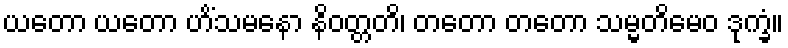
ယတော ယတော ဟိံသမနော နိဝတ္တတိ၊ တတော တတော သမ္မတိမေဝ ဒုက္ခံ။